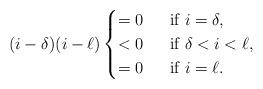
LaTeX: \begin{align*}(i-\delta)(i-\ell)\begin{cases}=0\;&\mbox{ if } i=\delta,\\<0\;&\mbox{ if } \delta<i<\ell,\\=0\;&\mbox{ if } i=\ell.\end{cases}\end{align*}